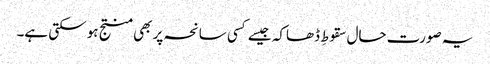
یہ صورت حال سقوطِ ڈھاکہ جیسے کسی سانحہ پر بھی منتج ہو سکتی ہے۔